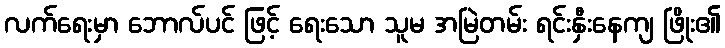
လက်ရေးမှာ ဘောလ်ပင် ဖြင့် ရေးသော သူမ အမြဲတမ်း ရင်းနှီးနေကျ ဖြိုး၏